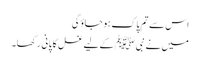
اس سے تم پاک ہو جاؤگی
میں نے نبی ﷺ کے لیے غسل کا پانی رکھا۔